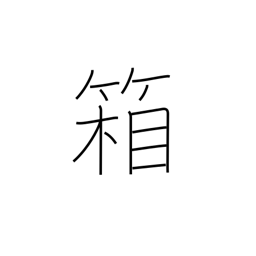
Meaning: box